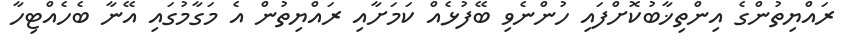
ރައްޔިތުންގެ އިންތިޚާބުކޮށްފައި ހުންނެވި ބޭފުޅެއް ކަމަށާއި ރައްޔިތުން އެ މަގާމުގައި އޭނާ ބެހެއްޓިހާ